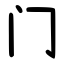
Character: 门